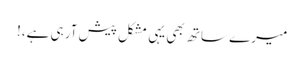
میرے ساتھ بھی یہی مشکل پیش آرہی ہے،!